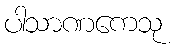
ပါသာဏကေသု